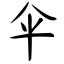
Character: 伞